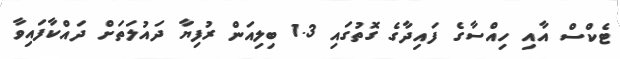
ޓެކްސް އާއި ހިއްސާގެ ފައިދާގެ ގޮތުގައި 1.3 ބިލިއަން ރުފިޔާ ދައުލަތަށް ދައްކާފައިވާ